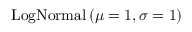
\mathrm { L o g N o r m a l } \left( \mu = 1 , \sigma = 1 \right)